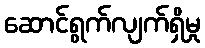
ဆောင်ရွက်လျက်ရှိမှု